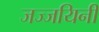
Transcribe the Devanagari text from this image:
जज्जयिनी